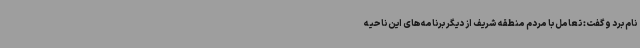
نام برد و گفت: تعامل با مردم منطقه شریف از دیگر برنامه‌های این ناحیه